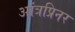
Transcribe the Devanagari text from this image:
आंत्रप्रिनर